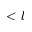
< l